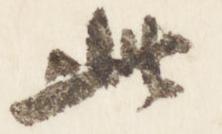
此